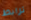
ترابط